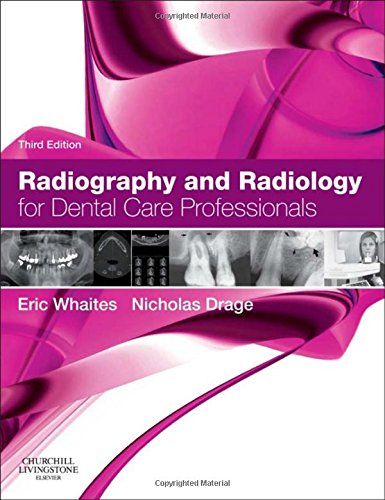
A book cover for Radiography and Radiology for Dental Care Professionals, 3e; Eric Whaites MSc BDS(Hons) FDSRCS(Edin) FDSRCS(Eng) FRCR DDRRCR; Medical Books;